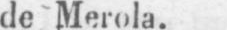
de Merola.